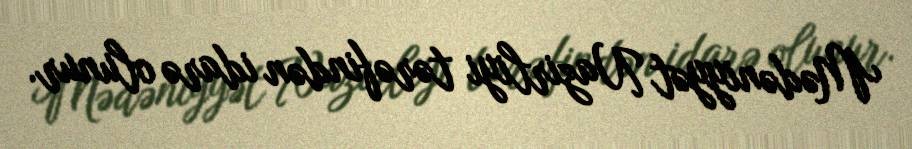
Mədəniyyət Nazirliyi tərəfindən idarə olunur.